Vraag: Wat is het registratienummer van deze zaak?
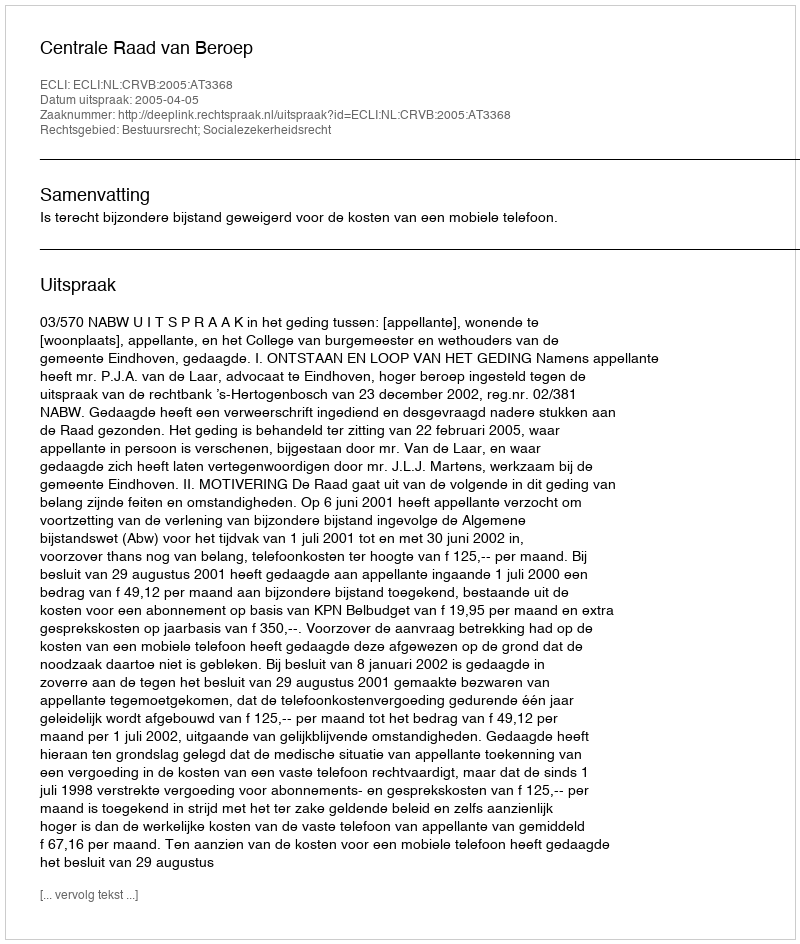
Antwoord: http://deeplink.rechtspraak.nl/uitspraak?id=ECLI:NL:CRVB:2005:AT3368